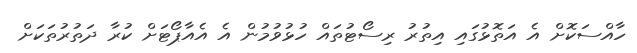
ހާއްސަކޮށް އެ އަތޮޅުގައި އިތުރު ރިސޯޓުތައް ހުޅުވުމުން އެ އެއާޕޯޓަށް ކުރާ ދަތުރުތަކަށް